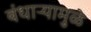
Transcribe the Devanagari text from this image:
बंधाऱ्यामुळे